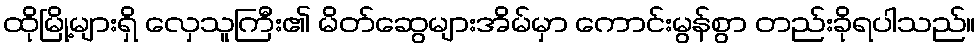
ထိုမြို့များရှိ လှေသူကြီး၏ မိတ်ဆွေများအိမ်မှာ ကောင်းမွန်စွာ တည်းခိုရပါသည်။